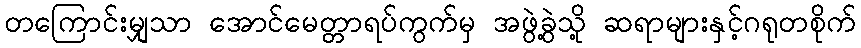
တကြောင်းမျှသာ အောင်မေတ္တာရပ်ကွက်မှ အဖွဲ့ခွဲသို့ ဆရာများနှင့်ဂရုတစိုက်